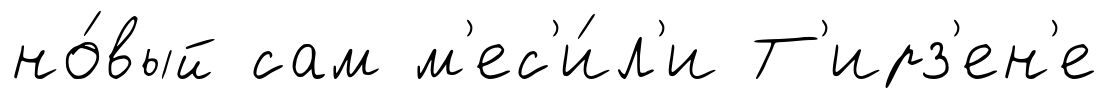
но́вый сам м'ес'и́л'и Т'ирз'ен'е